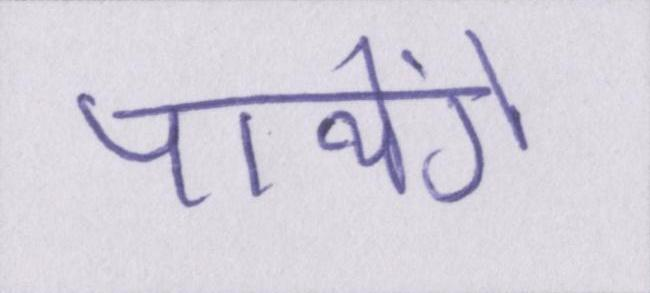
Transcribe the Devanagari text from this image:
पायेंगे